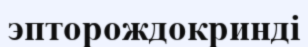
эпторождокринді